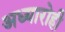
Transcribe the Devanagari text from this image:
अध्यारोही